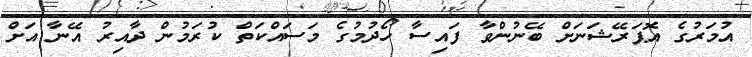
އުމަރުގެ އޮޕަރޭޝަނަށް ބޭނުންވާ ފައިސާ ހޯދުމުގެ މަސައްކަތް ކުރަމުން ދާއިރު އޭނާ އަށް